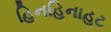
હિનહિનાહટ